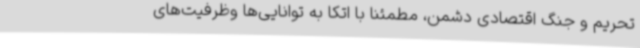
تحریم و جنگ اقتصادی دشمن، مطمئنا با اتکا به توانایی‌ها وظرفیت‌های